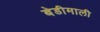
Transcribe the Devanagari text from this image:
बेडीमाली